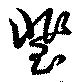
琲